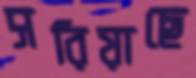
সরিয়াছে